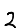
Digit: 2